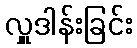
လှူဒါန်းခြင်း